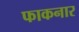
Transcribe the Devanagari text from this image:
फाकनार